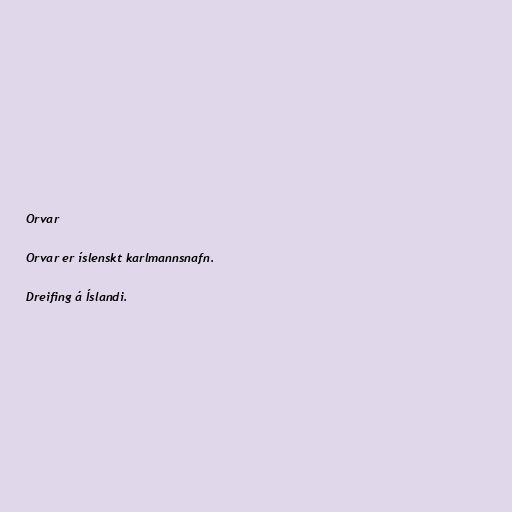
Orvar

Orvar er íslenskt karlmannsnafn.

Dreifing á Íslandi.